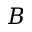
B